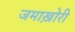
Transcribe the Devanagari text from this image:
जमाख़ोरी